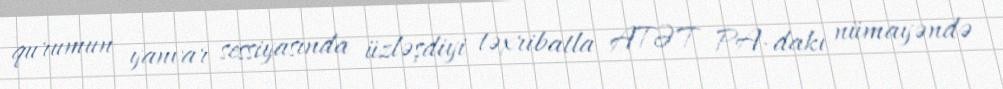
qurumun yanvar sessiyasında üzləşdiyi təxribatla ATƏT PA-dakı nümayəndə